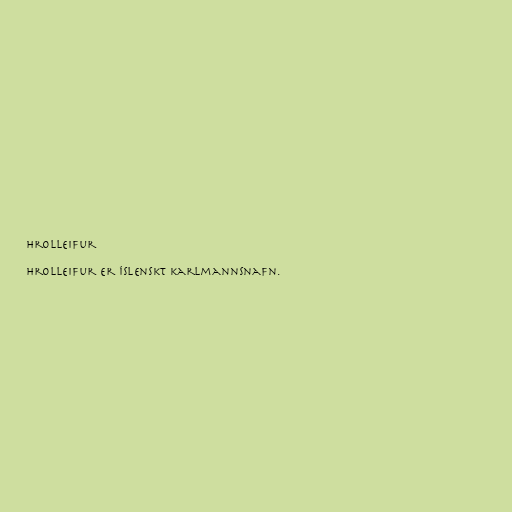
Hrolleifur

Hrolleifur er íslenskt karlmannsnafn.